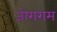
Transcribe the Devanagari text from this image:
जोराराम